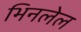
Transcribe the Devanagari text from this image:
भिनलेल